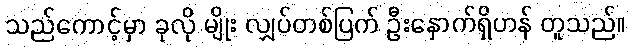
သည်ကောင့်မှာ ခုလို မျိုး လျှပ်တစ်ပြက် ဦးနှောက်ရှိဟန် တူသည်။